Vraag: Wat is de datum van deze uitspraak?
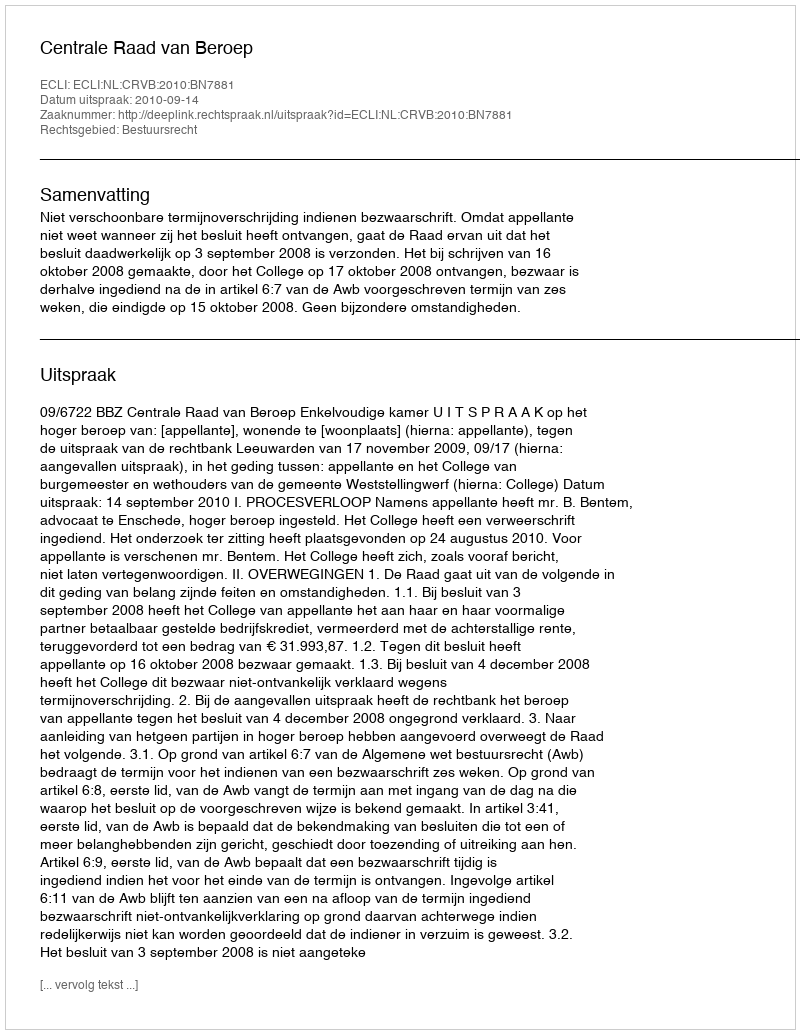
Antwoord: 2010-09-14